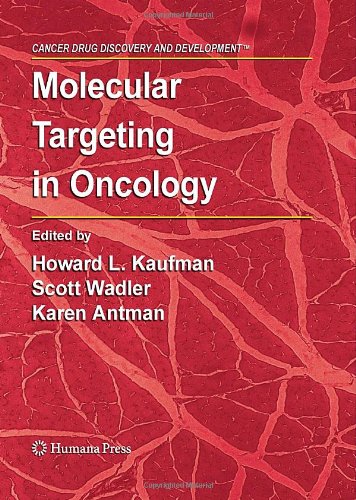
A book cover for Molecular Targeting in Oncology (Cancer Drug Discovery and Development); Medical Books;